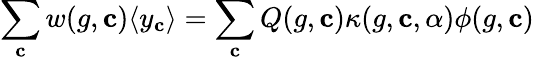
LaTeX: \sum_{\mathbf{c}}w(g,\mathbf{c})\langle y_{\mathbf{c}}\rangle=\sum_{\mathbf{c}}Q(g,\mathbf{c})\kappa(g,\mathbf{c},\alpha)\phi(g,\mathbf{c})